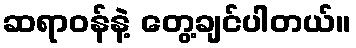
ဆရာဝန်နဲ့ တွေ့ချင်ပါတယ်။